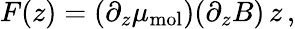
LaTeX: F(z)=(\partial_{z}\mu_{\mathrm{mol}})(\partial_{z}B)\, z\, ,